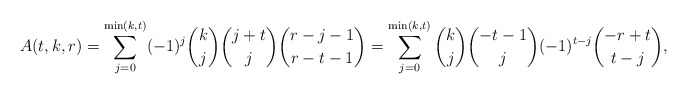
\begin{align*}A(t,k,r)=\sum_{j=0}^{\min (k,t)}(-1)^j\binom{k}{j}\binom{j+t}{j}\binom{r-j-1}{r-t-1}=\sum_{j=0}^{\min (k,t)}\binom{k}{j}\binom{-t-1}{j}(-1)^{t-j}\binom{-r+t}{t-j},\end{align*}